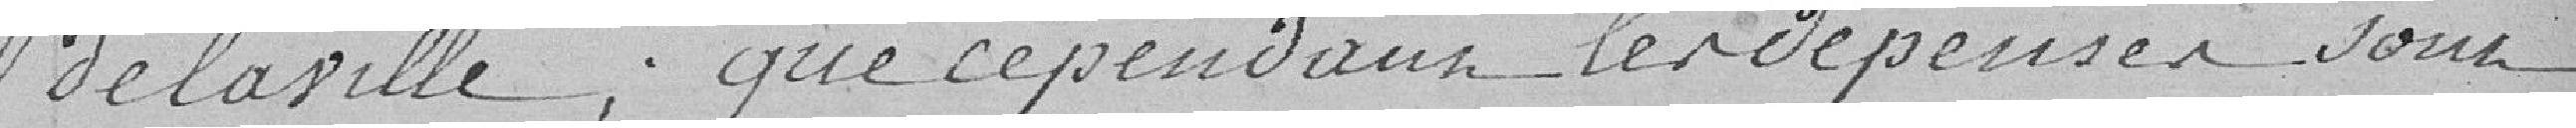
de la ville ; que cependant les dépenses sont